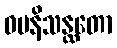
ဓမနိသန္ထတော